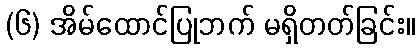
(၆) အိမ်ထောင်ပြုဘက် မရှိတတ်ခြင်း။